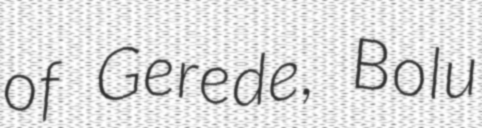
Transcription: of Gerede, Bolu